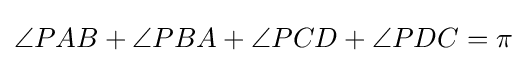
\angle PAB+\angle PBA+\angle PCD+\angle PDC=\pi